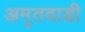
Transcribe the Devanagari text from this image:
अमृतवाडी